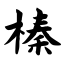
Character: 榛